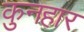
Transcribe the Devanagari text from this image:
कुनहार